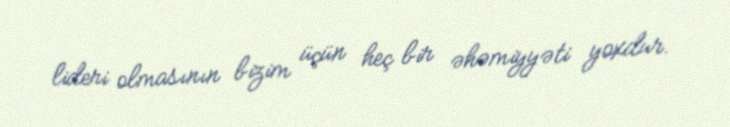
lideri olmasının bizim üçün heç bir əhəmiyyəti yoxdur.